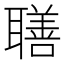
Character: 𦗢